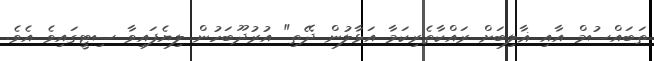
ތަބައްސުމް އާއި ޣާލިބަށް ރައްކާތެރިކަމާ އަޅާލުން ދޭތި" އުރުދޫބަހުން ލިޔެފައިވާ ސިޓީގައިވެ އެވެ.